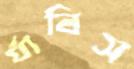
র‍্যাবিস